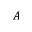
A